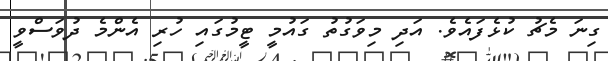
ގިނަ މެޗު ކުޅެފައެވެ. އަދި މިވަގުތު ގައުމީ ޓީމުގައި ހުރި އެންމެ ދުވަސްވީ